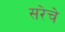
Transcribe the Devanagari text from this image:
सरेचे